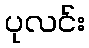
ပုလင်း